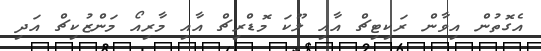
އެގޮތުން އިވާން ރަކިޓިޗް އާއި ލޫކަ މޮޑްރިޗް އާއި މާރިއޯ މަންޒުކިޗް އަދި